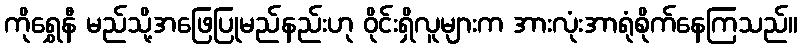
ကိုရွှေနီ မည်သို့အဖြေပြုမည်နည်းဟု ဝိုင်းရှိလူများက အားလုံးအာရုံစိုက်နေကြသည်။